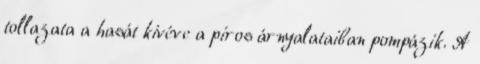
tollazata a hasát kivéve a piros árnyalataiban pompázik. A